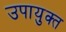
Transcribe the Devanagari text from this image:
उपायुक्‍त